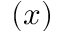
( x )